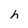
Character: h